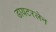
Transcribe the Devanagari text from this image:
डायटरलेन